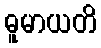
ဓူမာယတိ